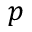
p